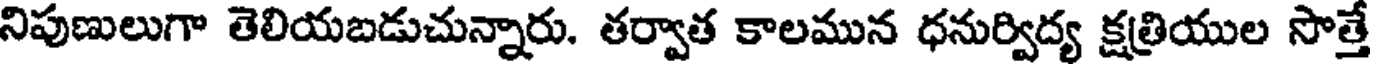
నిపుణులుగా తెలియబడుచున్నారు. తర్వాత కాలమున ధనుర్విద్య క్షత్రియుల సొత్తే